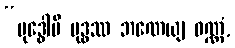
“ဗုဒ္ဓေါပိ ဗုဒ္ဓဿ ဘဏေယျ ဝဏ္ဏံ,